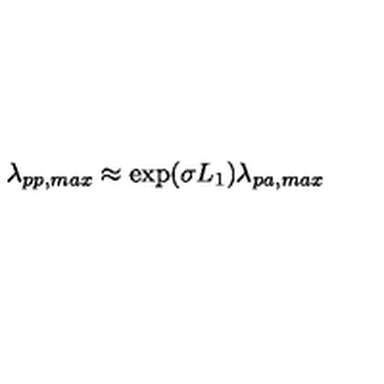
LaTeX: \lambda _ { p p , m a x } \approx \exp ( \sigma L _ { 1 } ) \lambda _ { p a , m a x }